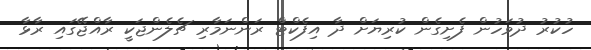
ހުކުރު ދުވަހުން ފެށިގެން ކުރިޔަށް ދާ އިފެކްޓް ރަންނަމާރި ޗެލެންޖަކީ ރާއްޖޭގައި ރާޅާ